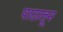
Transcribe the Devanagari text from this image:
पाठातून